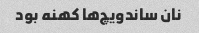
نان ساندویچ‌ها کهنه بود